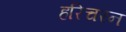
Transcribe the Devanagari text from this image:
हरिचरन